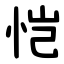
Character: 恺